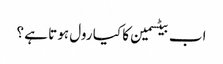
اب بیٹسمین کا کیا رول ہوتا ہے ؟